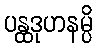
ပန္ထဒုဟနမ္ပိ